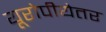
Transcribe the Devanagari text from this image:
यूरोपीयेतर